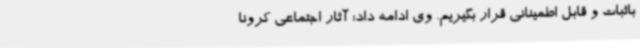
باثبات و قابل اطمینانی قرار بگیریم. وی ادامه داد: آثار اجتماعی کرونا